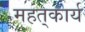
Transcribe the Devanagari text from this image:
महत्‌कार्य